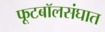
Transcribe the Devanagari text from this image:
फूटबॉलसंघात